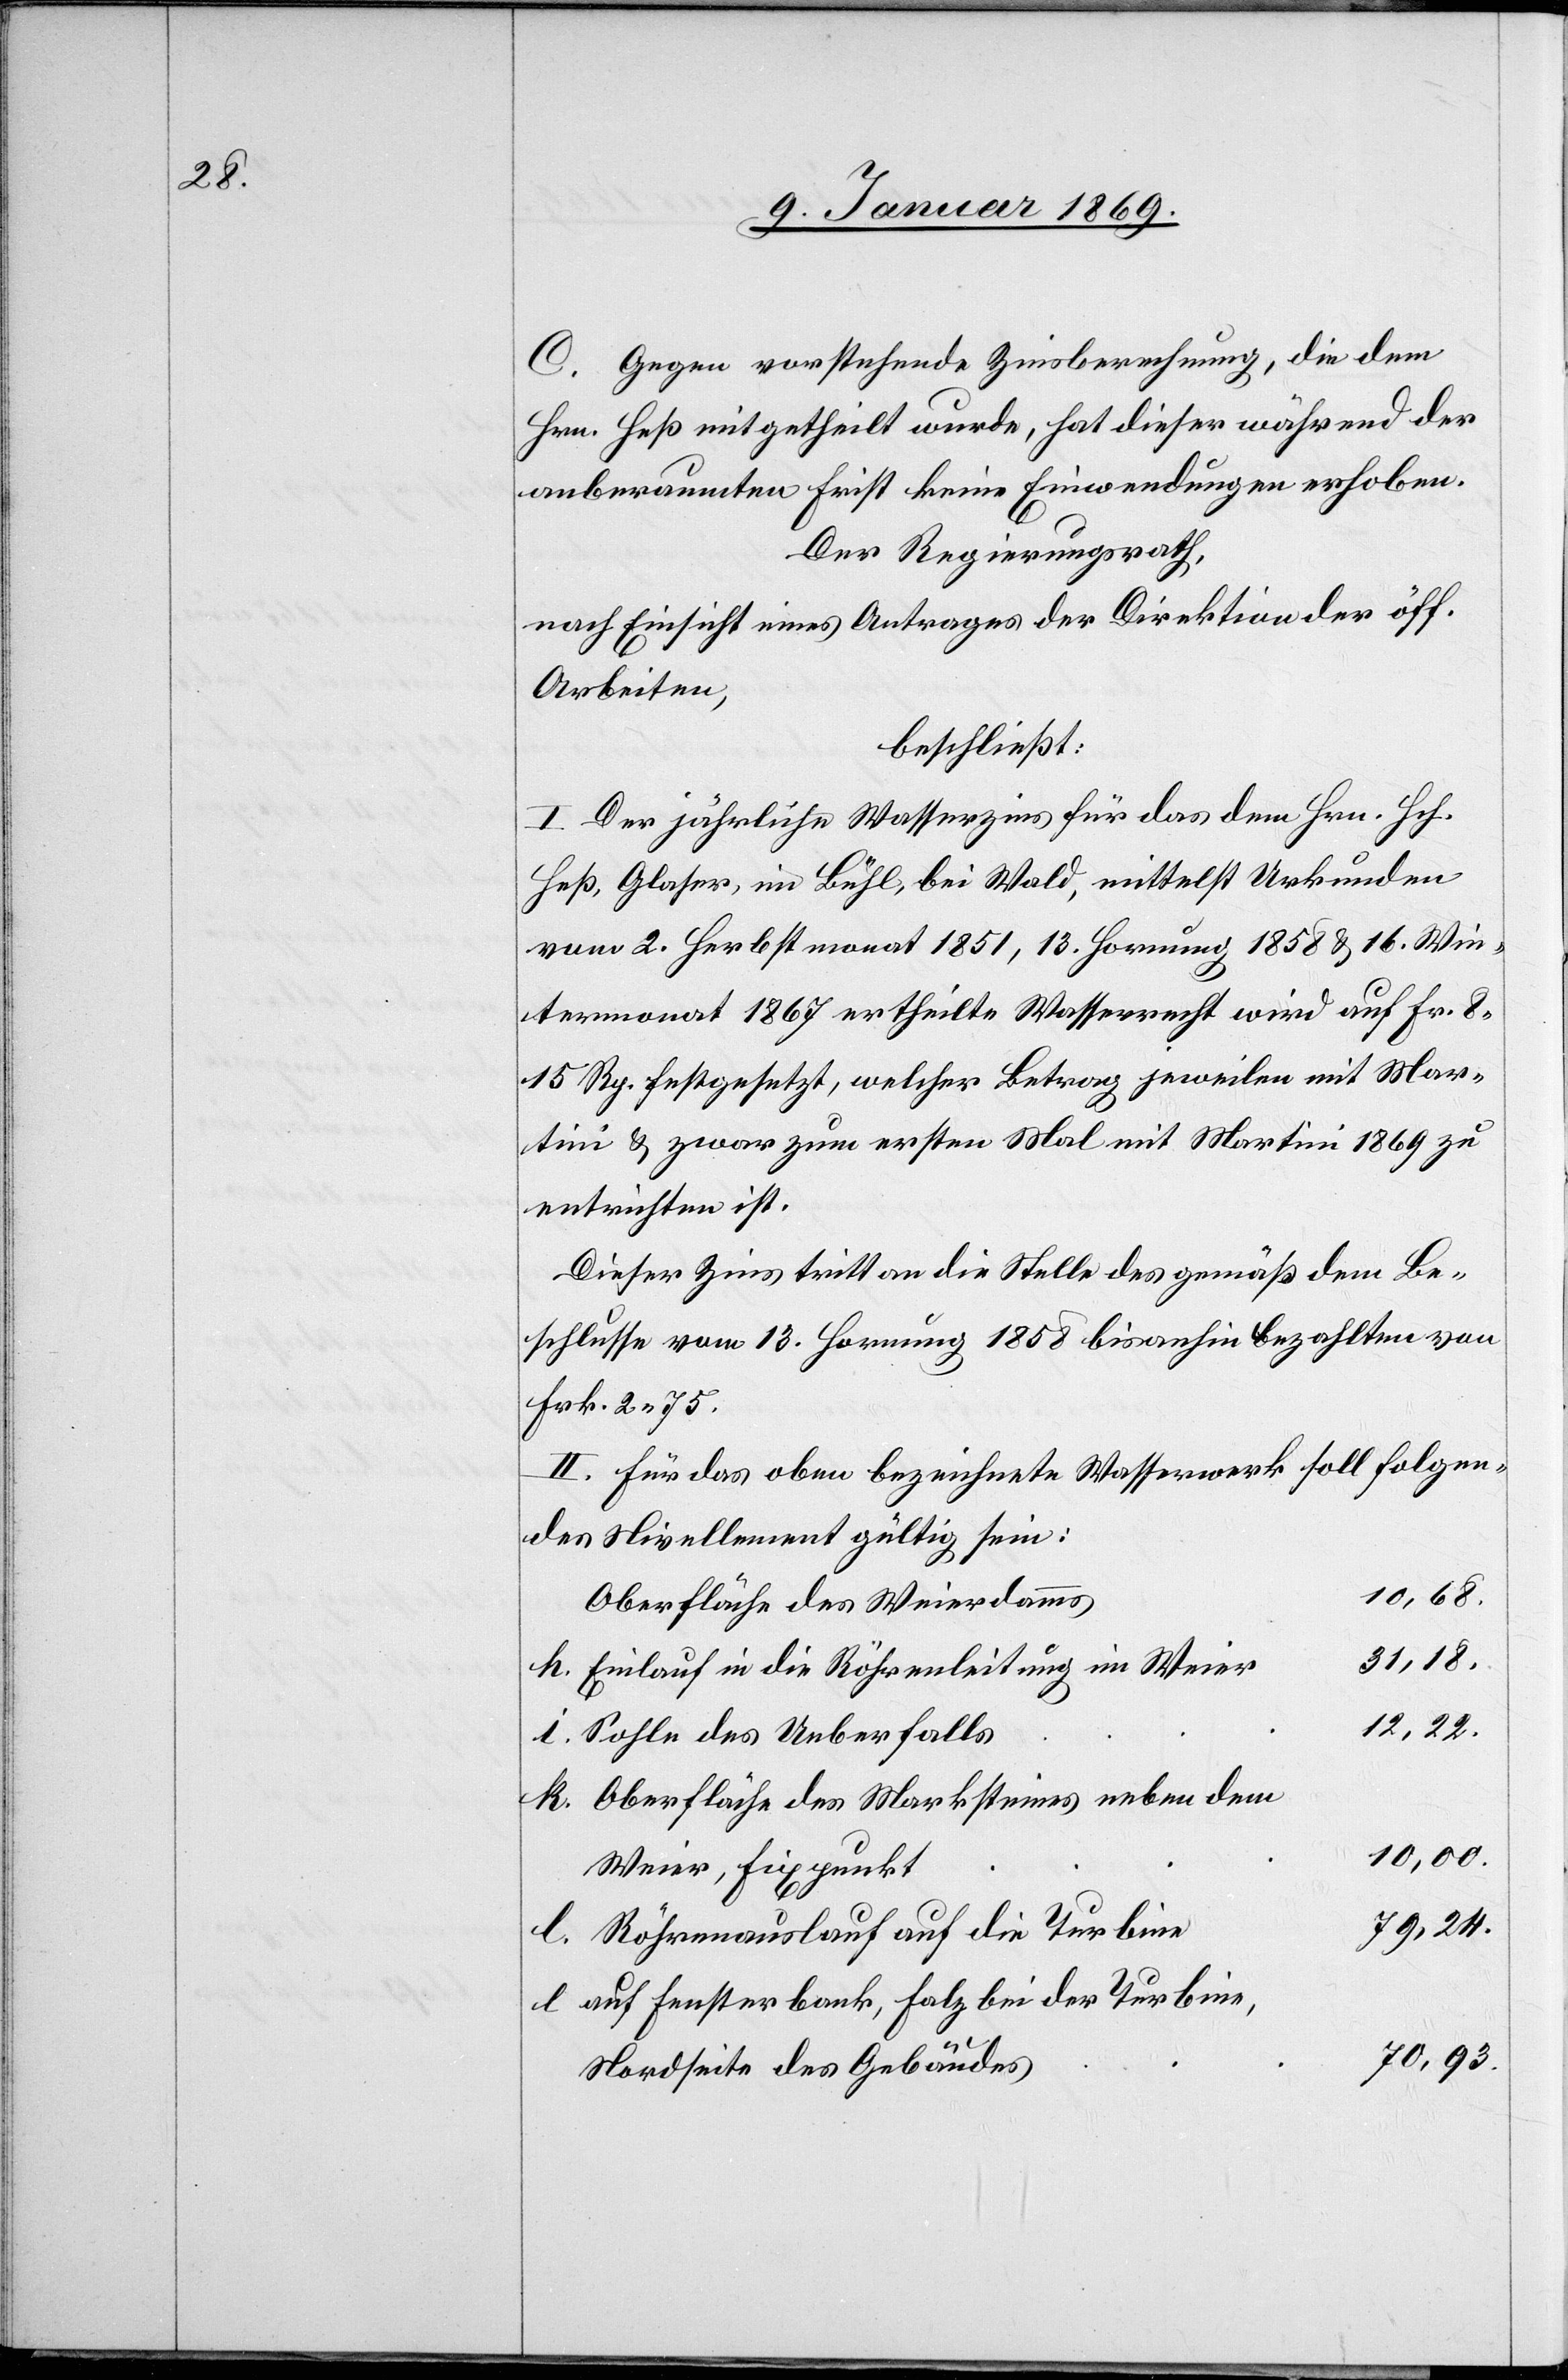
C. Gegen vorstehende Zinsberechnung, die dem
Hrn. Heß mitgetheilt wurde, hat dieser während der
anberaumten Frist keine Einwendungen erhoben.
Der Regierungsrath,
nach Einsicht eines Antrages der Direktion der öff.
Arbeiten,
beschließt:
I. Der jährliche Wasserzins für das dem Hrn. Hch.
Heß, Glaser, im Bühl, bei Wald, mittelst Urkunden
vom 2. Herbstmonat 1851, 13. Hornung 1858 & 16. Win¬
termonat 1867 ertheilte Wasserrecht wird auf Fr. 8
15 Rp. festgesetzt, welcher Betrag jeweilen mit Mar¬
tini & zwar zum ersten Mal mit Martini 1869 zu
entrichten ist.
Dieser Zins tritt an die Stelle des gemäß dem Be¬
schlusse vom 13. Hornung 1858 bisanhin bezahlten von
Frk. 2 75.
II. Für das oben bezeichnete Wasserwerk soll folgen¬
des Nivellement gültig sein:
h. Einlauf in die Röhrenleitung im Weie¬
k. Oberfläche des Marksteines neben dem
t	10,00.
Weier, Fixpunk¬
e					79,24.
l. Röhrenauslauf auf die Turbin¬
l. auf Fensterbank, Holz bei der Turbine,